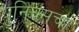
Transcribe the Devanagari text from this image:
युनिक्सचा